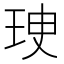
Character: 㻀